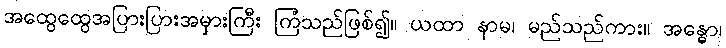
အထွေထွေအပြားပြားအမှားကြီး ကြံသည်ဖြစ်၍။ ယထာ နာမ၊ မည်သည်ကား။ အန္ဓော၊